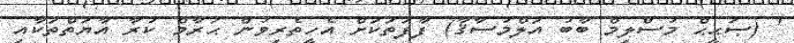
' (ޞަޙީޙް މުސްލިމް ބާބު އަލްމުސާޤާ) ފާފަތަކަށް އެހީތެރިވުން ޙަރާމް ކުރާ އާޔަތްތަކާއި